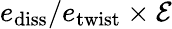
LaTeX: e_{\mathrm{diss}}/e_{\mathrm{twist}}\times\mathcal{E}